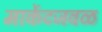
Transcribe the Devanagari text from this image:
मार्केटजवळ